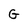
Character: G